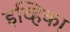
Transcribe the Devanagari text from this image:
इव्हिका